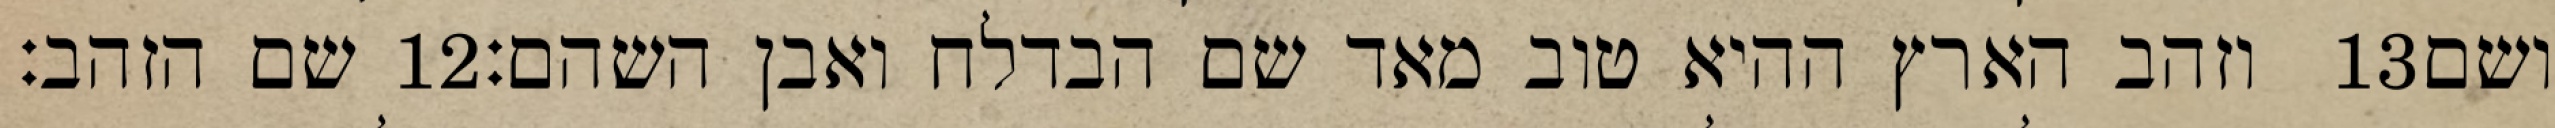
שם הזהב׃ ‎12‏ וזהב הארץ ההיא טוב מאד שם הבדלח ואבן השהם׃ ‎13‏ ושם